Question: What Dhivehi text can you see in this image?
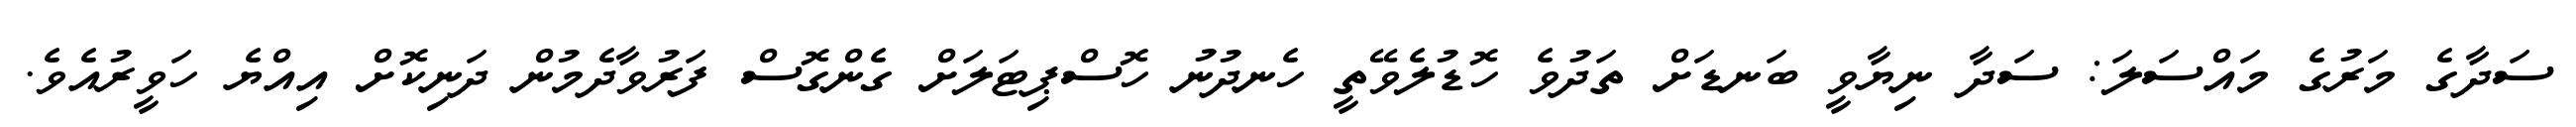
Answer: ސަދާގެ މަރުގެ މައްސަލަ: ސަދާ ނިޔާވީ ބަނޑަށް ތަދުވެ ހޮޑުލެވޭތީ ހެނދުނު ހޮސްޕިޓަލަށް ގެންގޮސް ފަރުވާދެމުން ދަނިކޮށް އިއްޔެ ހަވީރުއެވެ.